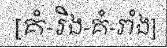
[គំ-រិង-គំ-រាំង]